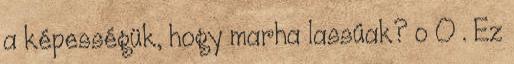
a képességük, hogy marha lassúak? o O . Ez